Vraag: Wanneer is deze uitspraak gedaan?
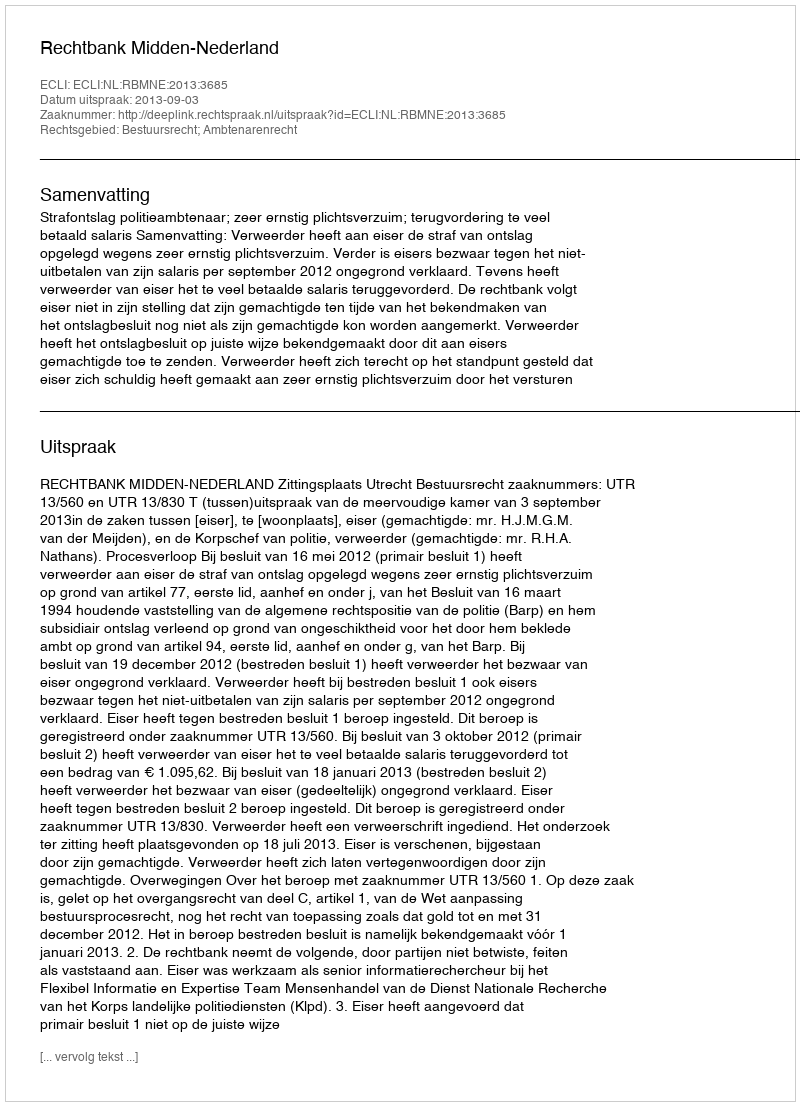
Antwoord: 2013-09-03